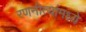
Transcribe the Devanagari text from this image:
रणनीत्यांमध्ये